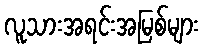
လူသားအရင်းအမြစ်များ